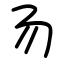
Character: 𠃓